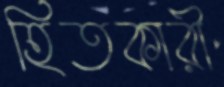
হিতকারী